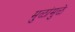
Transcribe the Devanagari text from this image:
मुळांमुळे